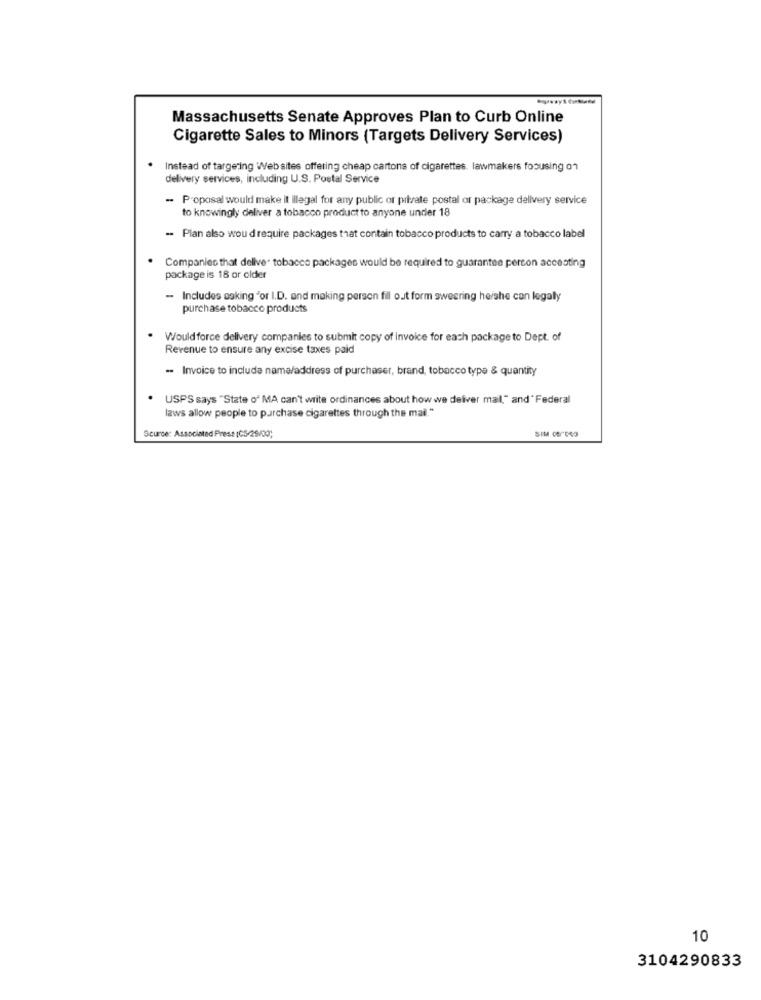
Massachusetts Senate Approves Plan to Curb Online
Cigarette Sales to Minors (Targets Delivery Services)
Instead of targeting Web sites offering cheap cartons of cigarettes, lawmakers foousing on
delivery services, including U.S. Postal Service
- Proposal would make it illegal for any public or pitrate postal or package delivery service
to knowingly deliver a tobacco product to anyone under 18
- Plan also woud require packages that contain tobacco products to carry a tobacco label
Companies that deliver tobacco packages would be required to guarantee percon accesting
package is 18 or older
Includes asking "or I.D. and making person fill out form sweering he/she can legally
purchase tobacco products
Would force delivery companies to submit copy of invoice for each package to Dept. of
Revenue to ensure any excise taxes paid
- Invoice to include name/address of purchaser, brand, tobacco type & quantity
USPS says "State of MA can't write ordinances about how we deliver mal," and"Federal
laws allow people to purchase cigarettes through the mail."
Scurce: Associated Press (03/28/00)
10
3104290833